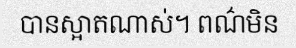
បានស្អាតណាស់។ ពណ៌មិន